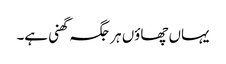
یہاں چھاوٴں ہر جگہ گھنی ہے۔